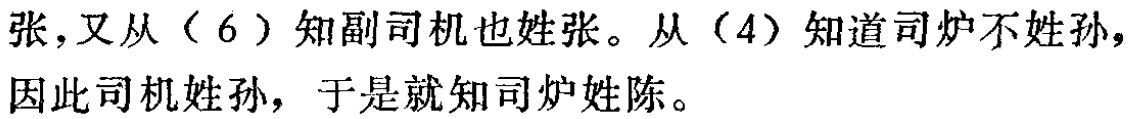
张，又从（6）知副司机也姓张。从（4）知道司炉不姓孙，因此司机姓孙，于是就知司炉姓陈。